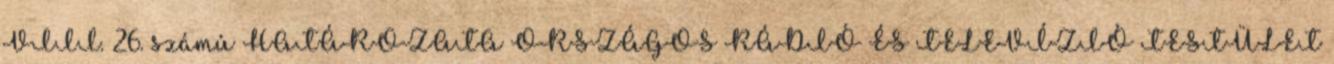
VIII. 26. számú HATÁROZATA ORSZÁGOS RÁDIÓ ÉS TELEVÍZIÓ TESTÜLET